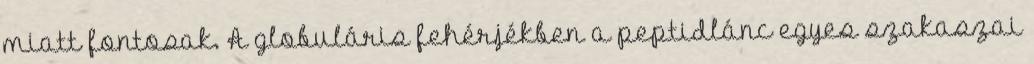
miatt fontosak. A globuláris fehérjékben a peptidlánc egyes szakaszai